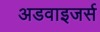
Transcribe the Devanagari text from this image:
अडवाइजर्स